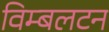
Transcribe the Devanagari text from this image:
विम्‍बलटन